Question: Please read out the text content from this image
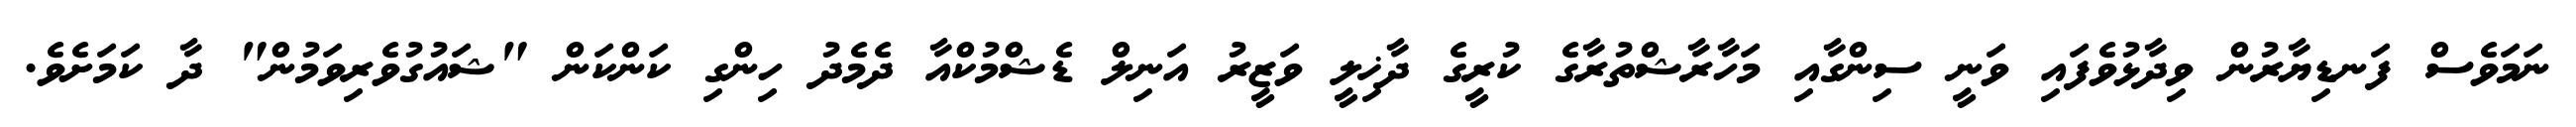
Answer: ނަމަވެސް ފަނޑިޔާރުން ވިދާޅުވެފައި ވަނީ ސިންގާއި މަހާރާޝްތުރާގެ ކުރީގެ ދާޚިލީ ވަޒީރު އަނިލް ޑެޝްމުކްއާ ދެމެދު ހިންގި ކަންކަން "ޝައުގުވެރިވަމުން" ދާ ކަމަށެވެ.